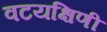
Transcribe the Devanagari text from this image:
वटयक्षिणी